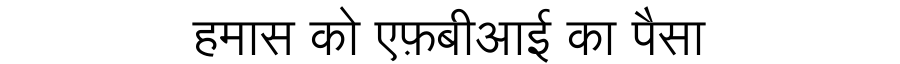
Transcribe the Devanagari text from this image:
हमास को एफ़बीआई का पैसा